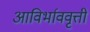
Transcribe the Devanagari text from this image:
आविर्भाववृत्ती